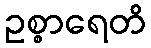
ဥစ္စာရေတိ